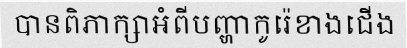
បានពិភាក្សាអំពីបញ្ហាកូរ៉េខាងជើង